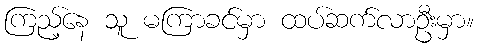
ကြည့်နေ သူ မကြာခင်မှာ ထပ်ဆက်လာဦးမှာ။